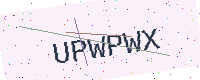
Text: UPWPWX